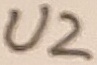
Text: U2